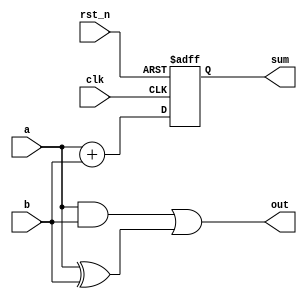
module example_design (
    input wire clk,         // Clock signal
    input wire rst_n,      // Active low reset signal
    input wire [3:0] a,    // 4-bit input a
    input wire [3:0] b,    // 4-bit input b
    output reg [4:0] sum,   // 5-bit output for sum
    output reg [3:0] out    // 4-bit output for some combinational logic
);

    // Combinational logic using always @*
    always @* begin
        // Example: simple logic operation (AND and OR)
        out = (a & b) | (a ^ b); // Perform AND and XOR, then OR the results
    end

    // Sequential logic using always @(posedge clk)
    always @(posedge clk or negedge rst_n) begin
        if (!rst_n) begin
            sum <= 5'b0; // Reset sum to 0
        end else begin
            sum <= a + b; // Calculate sum of inputs a and b
        end
    end

endmodule